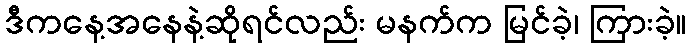
ဒီကနေ့အနေနဲ့ဆိုရင်လည်း မနက်က မြင်ခဲ့၊ ကြားခဲ့။